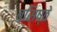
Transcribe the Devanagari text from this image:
वसिष्ठे